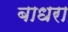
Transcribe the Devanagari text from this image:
बाधरा